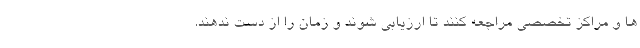
ها و مراکز تخصصی مراجعه کنند تا ارزیابی شوند و زمان را از دست ندهند.